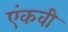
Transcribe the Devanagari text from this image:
एंकवी